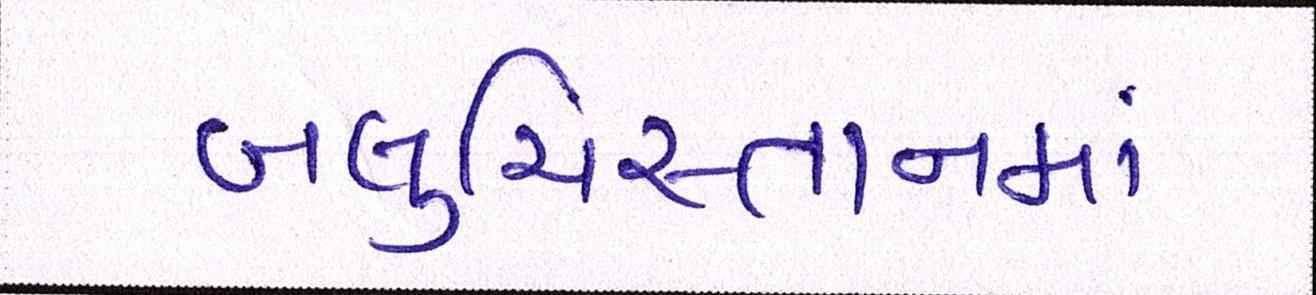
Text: બલુચિસ્તાનમાં